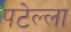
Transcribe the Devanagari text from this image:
पटेल्ला